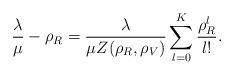
LaTeX: \begin{align*}\frac{\lambda}{\mu}-\rho_R=\frac{\lambda}{\mu Z(\rho_R, \rho_V)}\sum\limits_{l=0}^K \frac{\rho_R^l}{l!}.\end{align*}